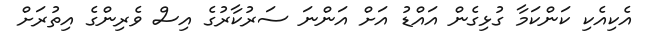
އެކިއެކި ކަންކަމާ ގުޅިގެން އައްޑު އަށް އަންނަ ސަރުކާރުގެ އިސް ވެރިންގެ އިތުރަށް